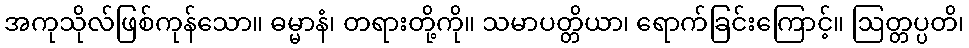
အကုသိုလ်ဖြစ်ကုန်သော။ ဓမ္မာနံ၊ တရားတို့ကို။ သမာပတ္တိယာ၊ ရောက်ခြင်းကြောင့်။ ဩတ္တပ္ပတိ၊